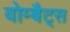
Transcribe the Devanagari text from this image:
वोम्बैट्स